Riigikantselei, lk 23
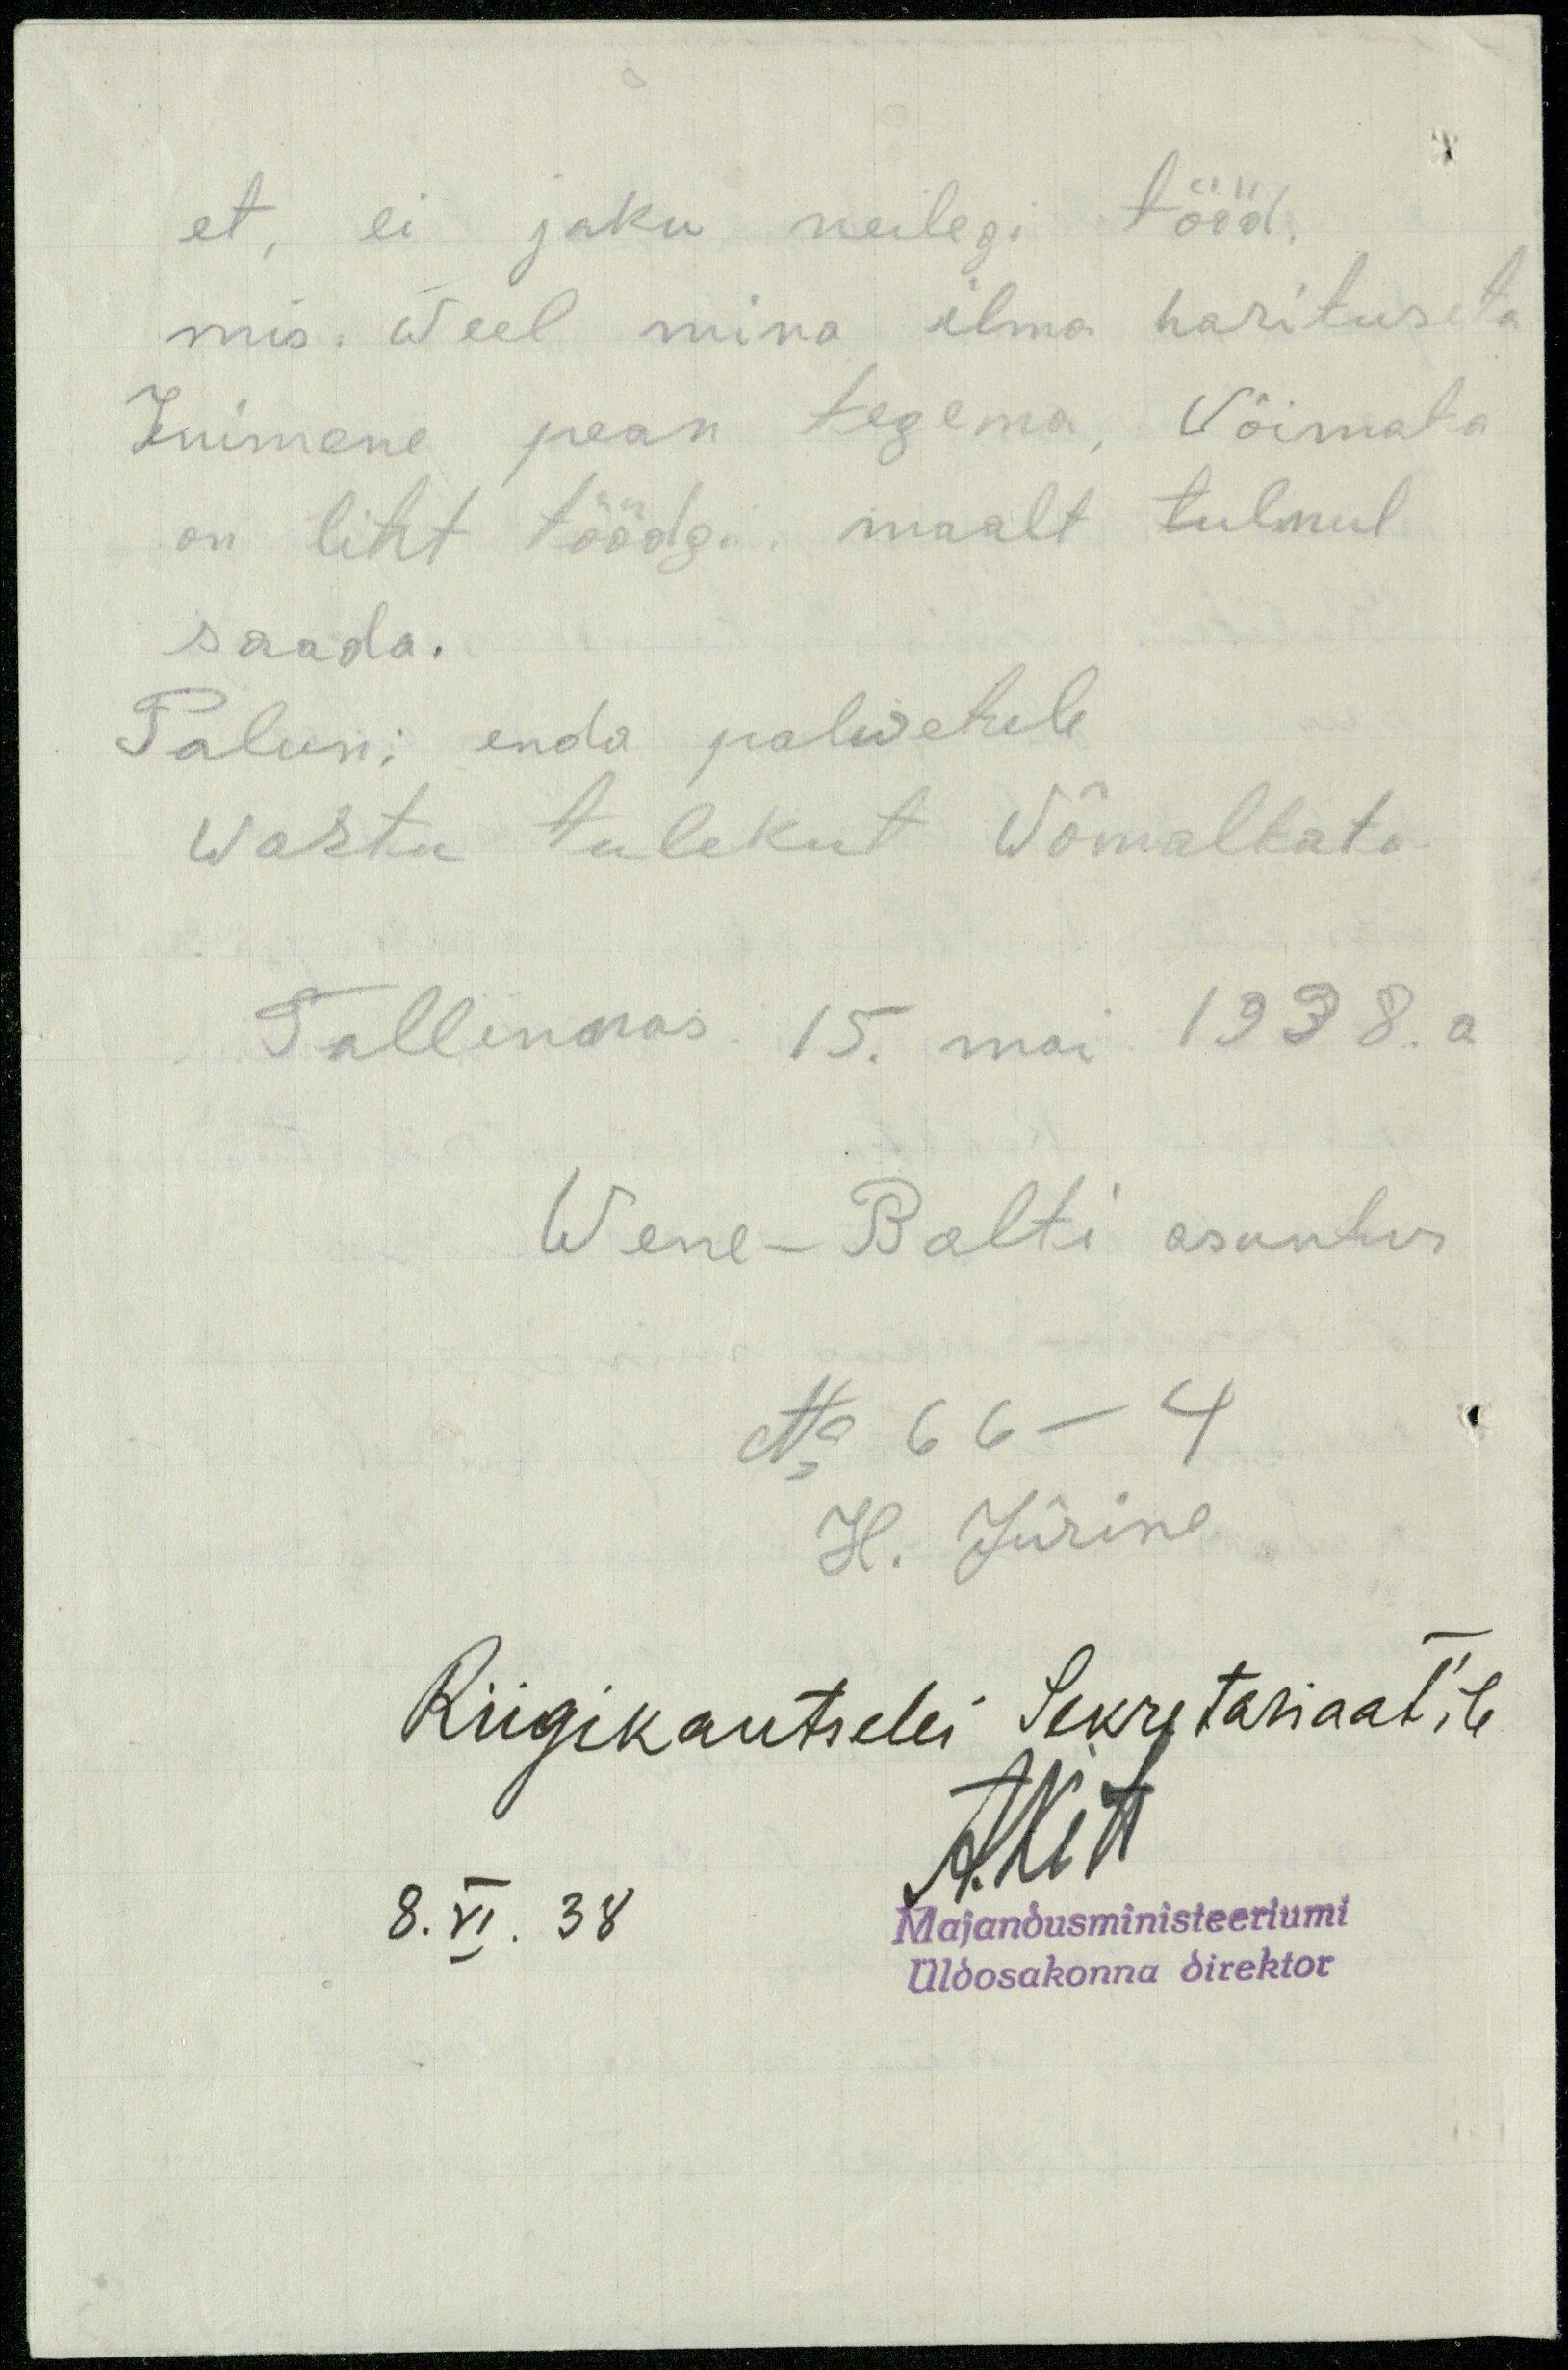
et, ei jaku neilegi tööd.
mis. weel mina ilma harituseta
Inimene pean tegema, wõimata
on liht töödgi, maalt tulnul
saada.
Palun; enda palwetele
wastu tulekut wõmaltata
Tallinnas 15. mai 1938.a
Wene-Balti asuntus
No 66-4
H. Jürine
Riigikantselei Sekretariaat'ile
8. VI. 38
Majandusministeeriumi
Üldosakonna direktor